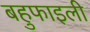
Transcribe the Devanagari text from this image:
बहुफाइली